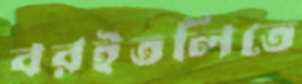
বরইতলিতে